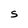
Character: 5